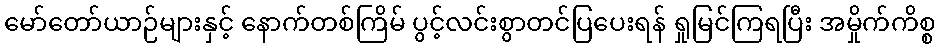
မော်တော်ယာဉ်များနှင့် နောက်တစ်ကြိမ် ပွင့်လင်းစွာတင်ပြပေးရန် ရှုမြင်ကြရပြီး အမှိုက်ကိစ္စ